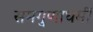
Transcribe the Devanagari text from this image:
समगुणाधर्मी